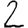
Digit: 2